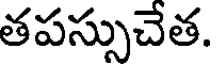
తపస్సుచేత.